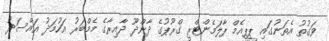
ވަގުތު އެތަނުގައި ޕީޕީއެމް ޕާލަމެންޓްރީ ގްރޫޕުގެ ދާންދޫ ދާއިރާގެ މެމްބަރު އަހުމަދު އައްސަދު